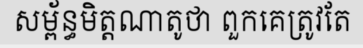
សម្ព័ន្ធមិត្តណាតូថា ពួកគេត្រូវតែ